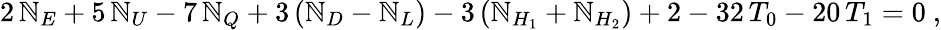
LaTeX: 2\, \mathbb{N}_{E}+5\, \mathbb{N}_{U}-7\, \mathbb{N}_{Q}+3\left(\mathbb{N}_{D}-\mathbb{N}_{L}\right)-3\left(\mathbb{N}_{H_{1}}+\mathbb{N}_{H_{2}}\right)+2-32\, T_{0}-20\, T_{1}=0\ ,